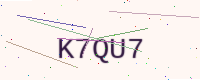
Text: K7QU7